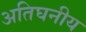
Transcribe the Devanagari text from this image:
अतिघनीय